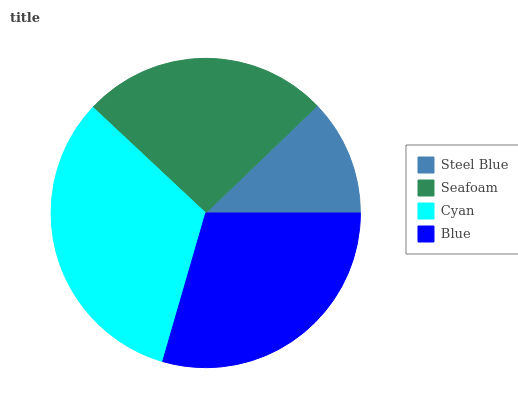
| Steel Blue | Seafoam | Cyan | Blue |
 | --- | --- | --- | --- |
 | 12.2% | 25.8% | 32.5% | 29.5% |